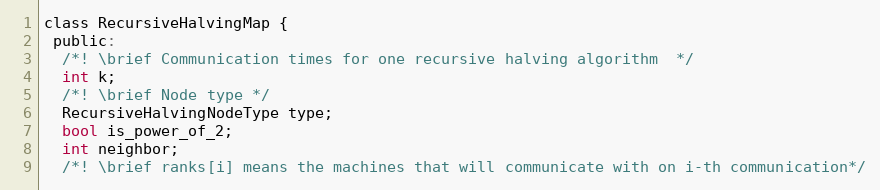
Language: C
class RecursiveHalvingMap {
 public:
  /*! \brief Communication times for one recursive halving algorithm  */
  int k;
  /*! \brief Node type */
  RecursiveHalvingNodeType type;
  bool is_power_of_2;
  int neighbor;
  /*! \brief ranks[i] means the machines that will communicate with on i-th communication*/